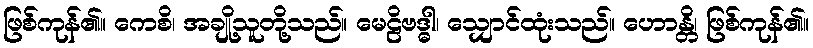
ဖြစ်ကုန်၏။ ကေစိ၊ အချို့သူတို့သည်။ မေဠိဗဒ္ဓါ၊ သျှောင်ထုံးသည်။ ဟောန္တိ၊ ဖြစ်ကုန်၏။